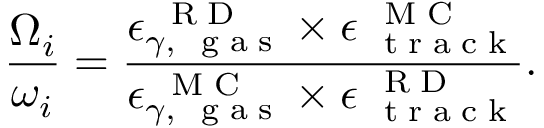
\frac { { \Omega } _ { i } } { \omega _ { i } } = \frac { \epsilon _ { \gamma , \mathrm { ~ \tiny ~ g ~ a ~ s ~ } } ^ { \mathrm { ~ \tiny ~ R ~ D ~ } } \times \epsilon _ { \mathrm { ~ \tiny ~ t ~ r ~ a ~ c ~ k ~ } } ^ { \mathrm { ~ \tiny ~ M ~ C ~ } } } { \epsilon _ { \gamma , \mathrm { ~ \tiny ~ g ~ a ~ s ~ } } ^ { \mathrm { ~ \tiny ~ M ~ C ~ } } \times \epsilon _ { \mathrm { ~ \tiny ~ t ~ r ~ a ~ c ~ k ~ } } ^ { \mathrm { ~ \tiny ~ R ~ D ~ } } } .